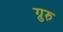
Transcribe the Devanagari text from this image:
ग्रुरु